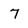
Character: 7